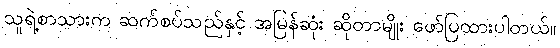
သူရဲ့စာသားက ဆက်စပ်သည်နှင့် အမြန်ဆုံး ဆိုတာမျိုး ဖော်ပြထားပါတယ်။